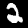
Digit: 2